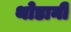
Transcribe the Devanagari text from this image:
थोडानी